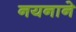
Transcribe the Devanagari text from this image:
नयनाने